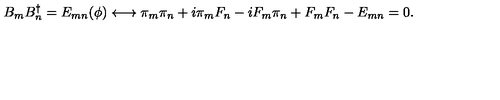
B _ { m } B _ { n } ^ { \dagger } = E _ { m n } ( \phi ) \longleftrightarrow \pi _ { m } \pi _ { n } + i \pi _ { m } F _ { n } - i F _ { m } \pi _ { n } + F _ { m } F _ { n } - E _ { m n } = 0 .